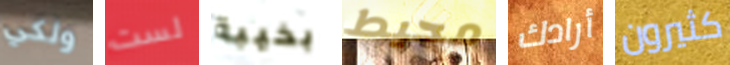
ولكي لست بخيبة محيط أرادك كثيرون